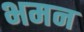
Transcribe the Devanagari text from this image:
भमन